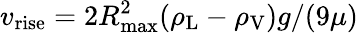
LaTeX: v_{\mathrm{rise}}=2R_{\mathrm{max}}^{2}(\rho_{\mathrm{L}}-\rho_{\mathrm{V}})g/(9\mu)